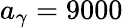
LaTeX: a_{\gamma}=9000